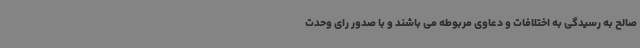
صالح به رسیدگی به اختلافات و دعاوی مربوطه می باشند و با صدور رای وحدت